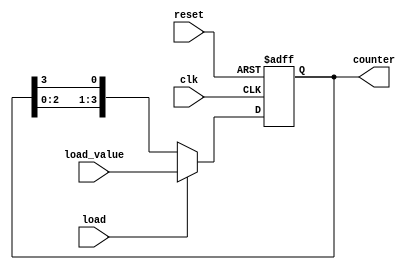
module LoadableRingCounter (
    input wire clk,            // Clock input
    input wire reset,          // Asynchronous reset input
    input wire load,           // Load control signal
    input wire [N-1:0] load_value, // Value to load into the counter
    output reg [N-1:0] counter // Current state of the counter
);
    parameter N = 4; // Number of flip-flops (bits) in the counter

    always @(posedge clk or posedge reset) begin
        if (reset) begin
            // Reset the counter to all zeros
            counter <= {N{1'b0}};
        end else if (load) begin
            // Load the specified value into the counter
            counter <= load_value;
        end else begin
            // Normal operation: Shift the counter in a ring fashion
            counter <= {counter[N-2:0], counter[N-1]};
        end
    end
endmodule